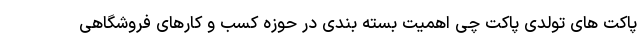
پاکت های تولدی پاکت چی اهمیت بسته بندی در حوزه کسب و کارهای فروشگاهی